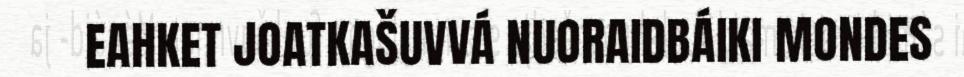
EAHKET JOATKAŠUVVÁ NUORAIDBÁIKI MONDES